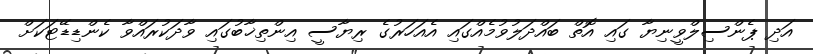
އަދި ޕެންސިލްވީނިޔާ ގައި އޮތް ބައްދަލުވުމެއްގައި އެއަހަރުގެ ރިޔާސީ އިންތިޚާބުގައި ވާދަކުރައްވާ ކެންޑިޑޭޓަަކަށް